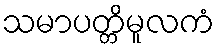
သမာပတ္တိမူလကံ